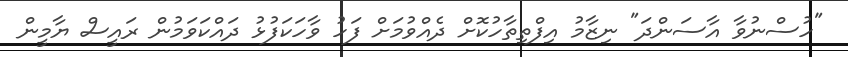
"ހުސްނުވާ އާސަންދަ" ނިޒާމު އިފްތިތާހުކޮށް ދެއްވުމަށް ފަހު ވާހަކަފުޅު ދައްކަވަމުން ރައީސް ޔާމީން